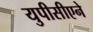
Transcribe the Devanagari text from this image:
युपीसीएने